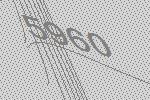
5960